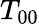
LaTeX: T_{00}